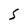
Character: S